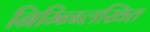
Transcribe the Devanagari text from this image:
निम्न्ब्लिखित